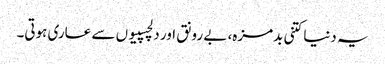
یہ دنیا کتنی بدمزہ، بے رونق اور دلچسپیوں سے عاری ہوتی۔